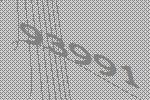
93991